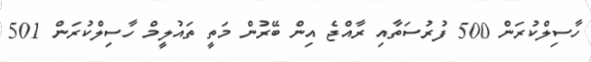
ހާސިލްކުރަން 500 ފުރުސަތާއި ރާއްޖެ އިން ބޭރުން މަތީ ތައުލީމް ހާސިލްކުރަން 501